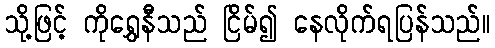
သို့ဖြင့် ကိုရွှေနီသည် ငြိမ်၍ နေလိုက်ရပြန်သည်။